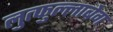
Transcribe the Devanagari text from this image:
लुत्फुल्लाबेग